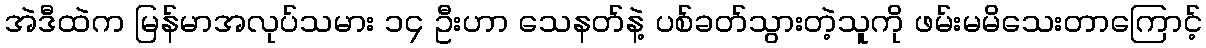
အဲဒီထဲက မြန်မာအလုပ်သမား ၁၄ ဦးဟာ သေနတ်နဲ့ ပစ်ခတ်သွားတဲ့သူကို ဖမ်းမမိသေးတာကြောင့်